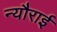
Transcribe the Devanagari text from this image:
न्यौराई